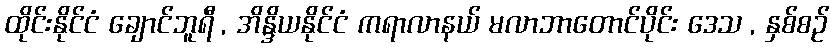
ထိုင်းနိုင်ငံ ချောင်ဘူရီ , အိန္ဒိယနိုင်ငံ ကရာလာနယ် မလာဘာတောင်ပိုင်း ဒေသ , နှစ်စဉ်